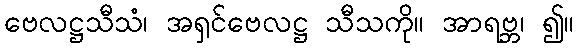
ဗေလဋ္ဌသီသံ၊ အရှင်ဗေလဋ္ဌ သီသကို။ အာရဗ္ဘ၊ ၍။